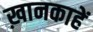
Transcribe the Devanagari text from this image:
ख़ानकाहें